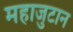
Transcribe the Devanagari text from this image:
महाजुटान